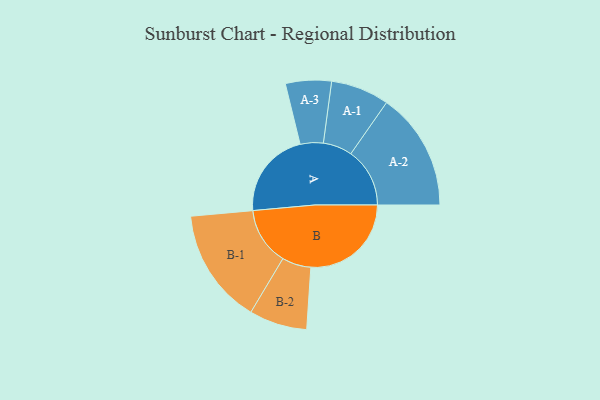
{"axis": {"x": "Segment", "y": "Value"}, "legend": ["", "A", "B"], "data": [{"x": "A", "y": 433, "type": ""}, {"x": "B", "y": 499, "type": ""}, {"x": "A-1", "y": 145, "type": "A"}, {"x": "A-2", "y": 293, "type": "A"}, {"x": "A-3", "y": 114, "type": "A"}, {"x": "B-1", "y": 287, "type": "B"}, {"x": "B-2", "y": 144, "type": "B"}]}